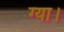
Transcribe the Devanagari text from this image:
ग्या।